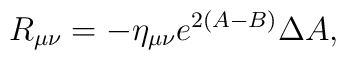
R_{\mu\nu}=-\eta_{\mu\nu}e^{2(A-B)}\Delta  A,